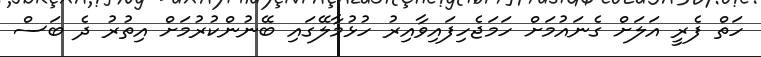
ހަތް ފެރީ އަލަށް ގެނައުމަށް ހަމަޖެހިފައިވާއިރު ހުޅުމާލޭގައި ބޭނުންކުރުމަށް އިތުރު ދެ ބަސް